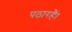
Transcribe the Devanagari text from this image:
पठारहैं।